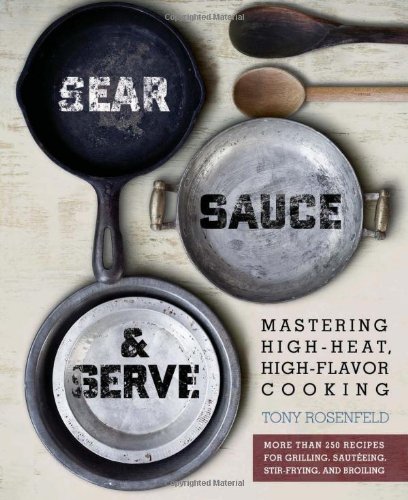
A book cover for Sear, Sauce, and Serve: Mastering High-Heat, High-Flavor Cooking; Tony Rosenfeld; Cookbooks, Food & Wine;